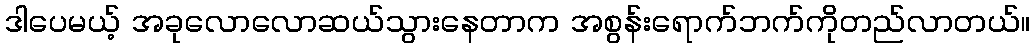
ဒါပေမယ့် အခုလောလောဆယ်သွားနေတာက အစွန်းရောက်ဘက်ကိုတည်လာတယ်။